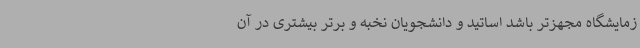
زمایشگاه مجهزتر باشد اساتید و دانشجویان نخبه و برتر بیشتری در آن